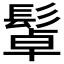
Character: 𩭟